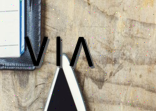
٧١٨